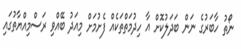
ނޯތު ހާބަރުގެ ނަން ބަދަލުކޮށް އާ ހިދުމަތްތަކެއް ފެށުމަށް މިއަދު ބޭއްވި ރަސްމިއްޔާތުގައި